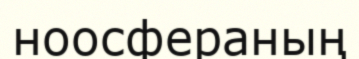
ноосфераның